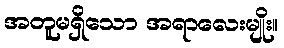
အတူမရှိသော အရာလေးမျိုး။